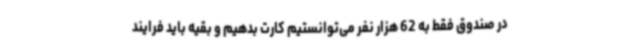
در صندوق فقط به 62 هزار نفر می‌توانستیم کارت بدهیم و بقیه باید فرایند